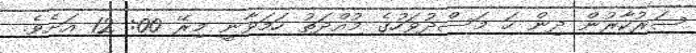
ސަރުކާރުން ދިން ހަ މަސްދުވަހުގެ މުއްދަތު ހަމަވާނީ މިރޭ 00: 12 އަށެވެ.